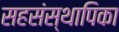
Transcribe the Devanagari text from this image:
सहसंस्थापिका